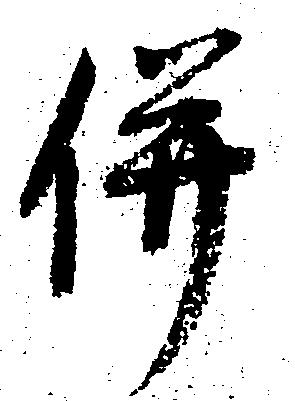
併